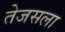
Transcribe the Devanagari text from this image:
तेजसला